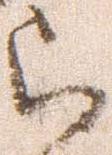
被